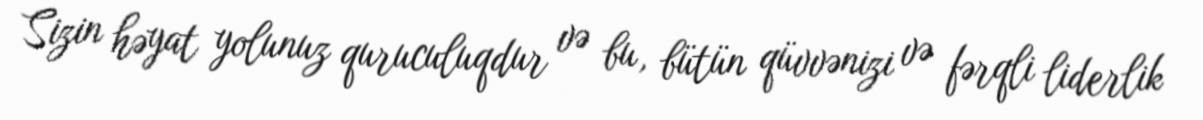
Sizin həyat yolunuz quruculuqdur və bu, bütün qüvvənizi və fərqli liderlik